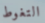
التغوط